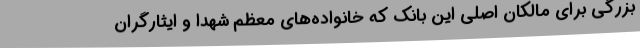
بزرگی برای مالکان اصلی این بانک که خانواده‌های معظم شهدا و ایثارگران